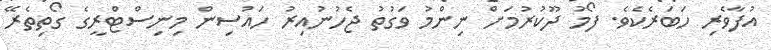
އުފާވެރި ހަބަރެކެވެ. ފޯމު ދޫކުރުމަށް ނިންމު ވަގުތު ޖެހުނުއިރު ހައުސިން މިނިސްޓްރީގެ ގޯތިތެރޭ